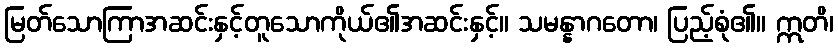
မြတ်သောကြာအဆင်းနှင့်တူသောကိုယ်၏အဆင်းနှင့်။ သမန္နာဂတော၊ ပြည့်စုံ၏။ ဣတိ၊